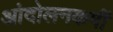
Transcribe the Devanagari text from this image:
आंदोलनकर्मी